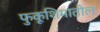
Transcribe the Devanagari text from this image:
फुकूशिमातील